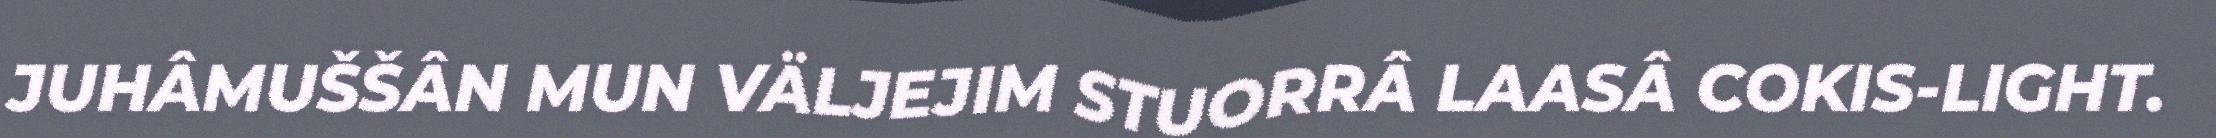
JUHÂMUŠŠÂN MUN VÄLJEJIM STUORRÂ LAASÂ COKIS-LIGHT.